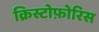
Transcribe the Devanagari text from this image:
क्रिस्टोफ़ोरिस